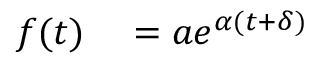
\begin{array} { r l } { f ( t ) } & { { } = a e ^ { \alpha ( t + \delta ) } } \end{array}